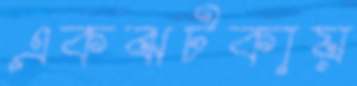
একঝটকায়